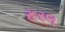
રૂરલ